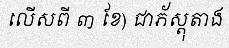
លើសពី ៣ ខែ) ជាភ័ស្តុតាង